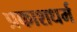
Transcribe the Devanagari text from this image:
प्रकाशधर्म